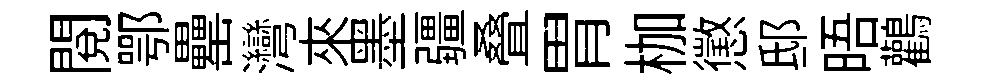
閲鄂罍灣來墨疆叠胃枷懲邸晤鸛